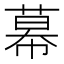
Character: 幕